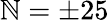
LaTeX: \mathbb{N}=\pm25